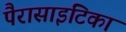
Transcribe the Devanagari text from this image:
पैरासाइटिका